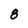
Character: 8